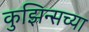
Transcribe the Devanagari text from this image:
कुझिन्सच्या